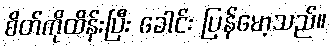
စိတ်ကိုထိန်းပြီး ခေါင်း ပြန်မော့သည်။